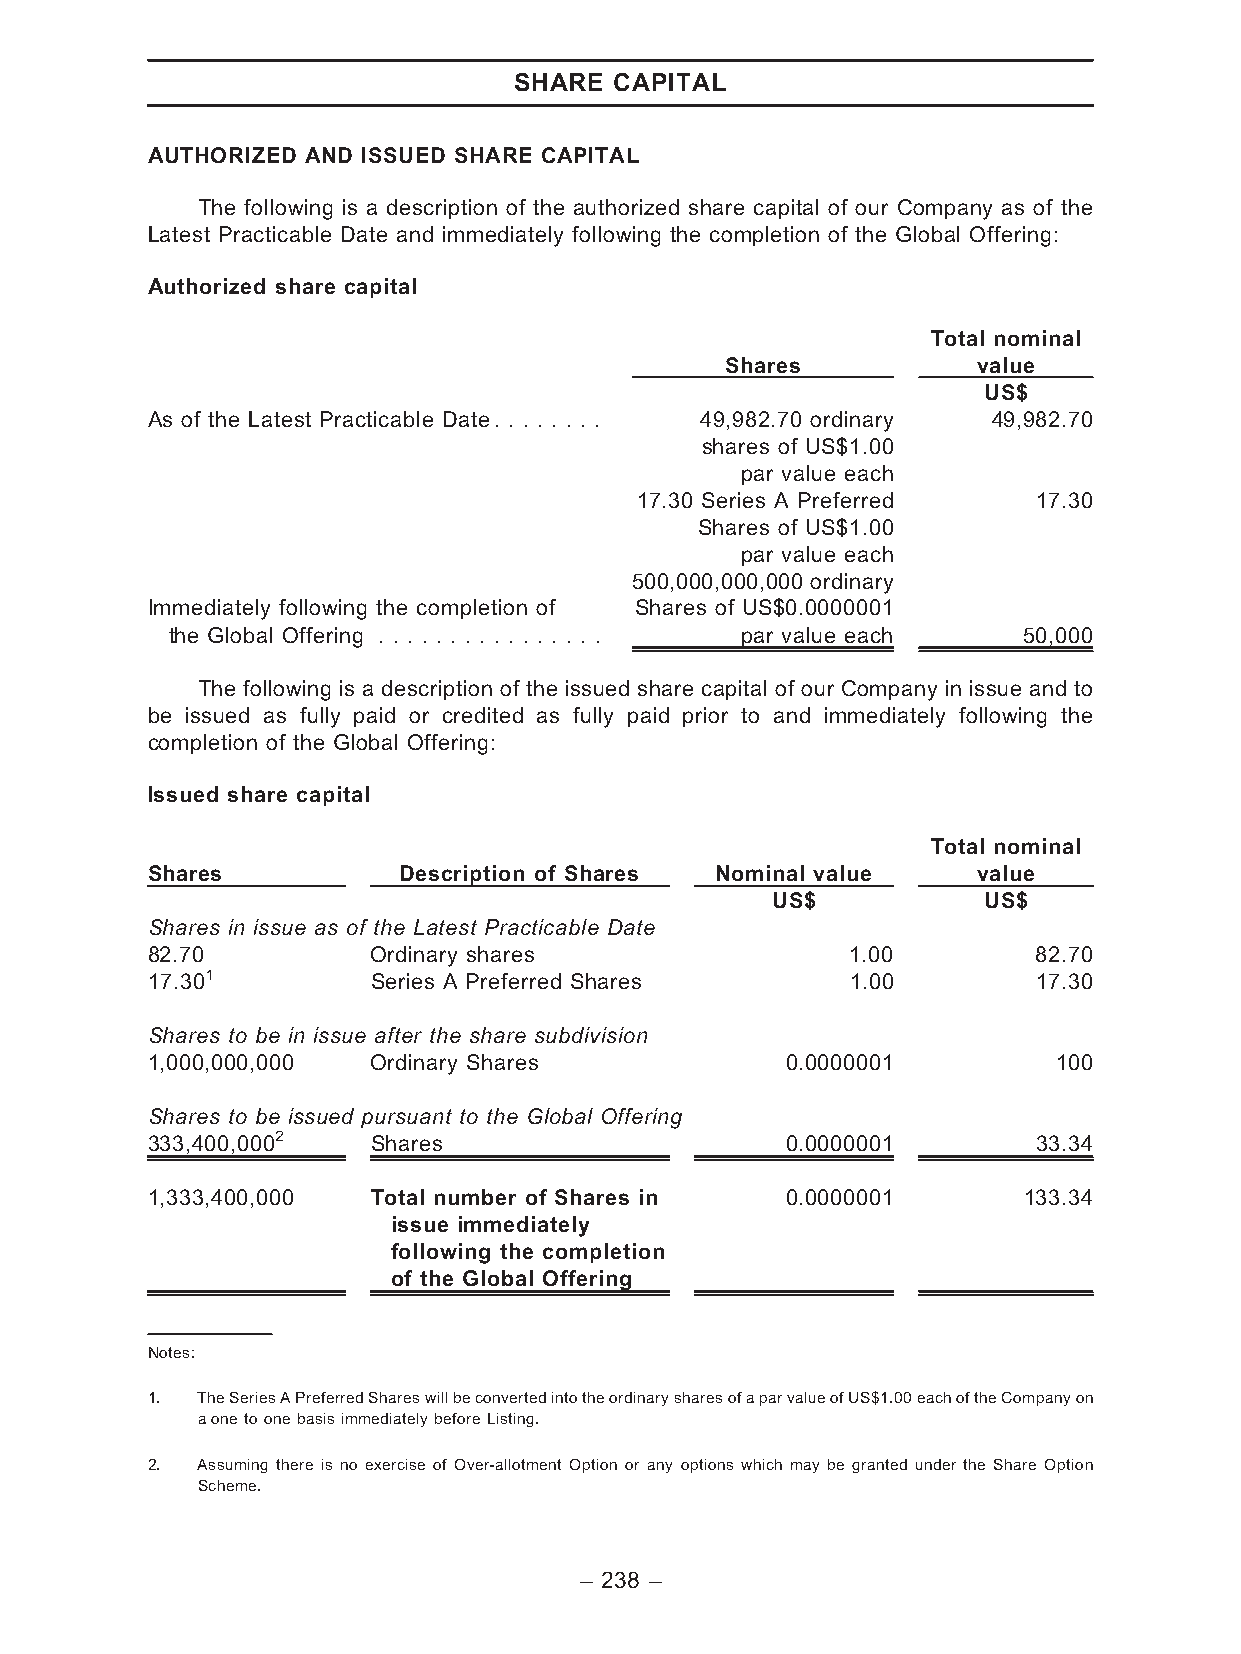
SHARE  CAPITAL
 AUTHORIZED AND ISSUED SHARE CAPITAL
 The following is a description of the authorized share capital of our Company as of the
 Latest Practicable Date and immediately following the completion of the Global Offering:
 Authorized share capital
 Total nominal
 Shares           value
 US$
 As of the Latest Practicable Date. . . . . . . . 49,982.70 ordinary 49,982.70
 shares of US$1.00
 par value each
 17.30 Series A Preferred   17.30
 Shares of US$1.00
 par value each
 500,000,000,000 ordinary
 Immediately following the completion of Shares of US$0.0000001
 the Global Offering . . . . . . . . . . . . . . . . par value each 50,000
 The following is a description of the issued share capital of our Company in issue and to
 be issued as fully paid or credited as fully paid prior to and immediately following the
 completion of the Global Offering:
 Issued share capital
 Total nominal
 Shares          Description of Shares Nominal value    value
 US$           US$
 Shares in issue as of the Latest Practicable Date
 82.70          Ordinary shares                1.00         82.70
 17.301         Series A Preferred Shares      1.00         17.30
 Shares to be in issue after the share subdivision
 1,000,000,000  Ordinary Shares            0.0000001         100
 Shares to be issued pursuant to the Global Offering
 333,400,0002   Shares                     0.0000001        33.34
 1,333,400,000  Total number of Shares in  0.0000001       133.34
 issue immediately
 following the completion
 of the Global Offering
 Notes:
 1. TheSeriesAPreferredShareswillbeconvertedintotheordinarysharesofaparvalueofUS$1.00eachoftheCompanyon
 aonetoonebasisimmediatelybeforeListing.
 2. Assuming there is no exercise of Over-allotment Option or any options which may be granted under the Share Option
 Scheme.
 – 238 –